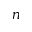
n